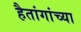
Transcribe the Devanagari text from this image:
हैतांगांच्या